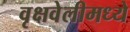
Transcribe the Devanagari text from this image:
वृक्षवेलीमध्ये